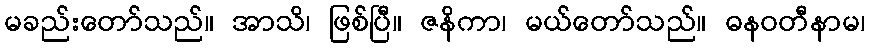
မခည်းတော်သည်။ အာသိ၊ ဖြစ်ပြီ။ ဇနိကာ၊ မယ်တော်သည်။ ဓနဝတီနာမ၊